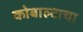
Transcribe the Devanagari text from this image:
कोबाल्टाचा